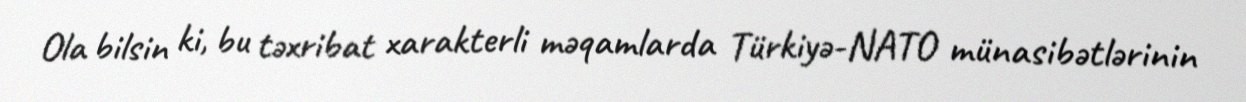
Ola bilsin ki, bu təxribat xarakterli məqamlarda Türkiyə-NATO münasibətlərinin